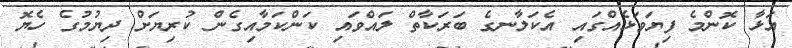
އަޅާ ކޮންމެ ފިޔަވަޅެއްގައި އެކަލާނގެ ބަރަކާތް ލައްވައި ކަންކަމާއިގެން ކުރިޔަށް ދިޔުމުގެ ހެޔޮ